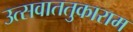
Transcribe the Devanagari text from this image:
उत्सवाततुकाराम